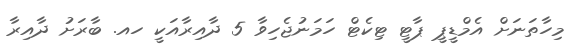
މިހާތަނަށް އެމްޑީޕީ ޕާޓީ ޓިކެޓް ހަމަނުޖެހިވާ 5 ދާއިރާއަކީ ހއ. ބާރަށު ދާއިރާ